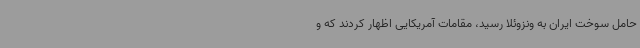
حامل سوخت ایران به ونزوئلا رسید، مقامات آمریکایی اظهار کردند که و